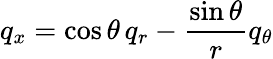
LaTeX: q_{x}=\cos\theta\, q_{r}-\frac{\sin\theta}{r}q_{\theta}